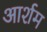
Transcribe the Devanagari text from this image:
आर्शम